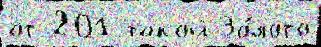
от 201 такой Зо́лото